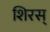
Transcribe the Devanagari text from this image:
शिरस्